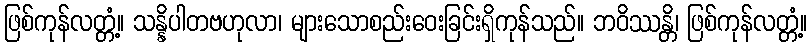
ဖြစ်ကုန်လတ္တံ့။ သန္နိပါတဗဟုလာ၊ များသောစည်းဝေးခြင်းရှိကုန်သည်။ ဘဝိဿန္တိ၊ ဖြစ်ကုန်လတ္တံ့။